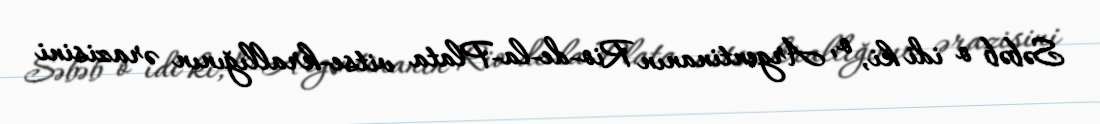
Səbəb o idi ki, o, Argentinanın Rio-de-la-Plata vitse-krallığının ərazisini